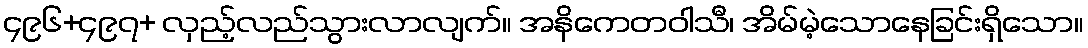
၄၉၆+၄၉၇+ လှည့်လည်သွားလာလျက်။ အနိကေတဝါသီ၊ အိမ်မဲ့သောနေခြင်းရှိသော။